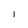
Character: l